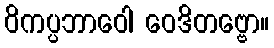
ဝိကပ္ပဘာဝေါ ဝေဒိတဗ္ဗော။